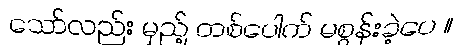
သော်လည်း မှည့် တစ်ပေါက် မစွန်းခဲ့ပေ ။